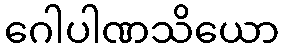
ဂေါပါဏသိယော